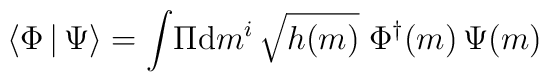
\langle\Phi\, | \,\Psi \rangle =\int\! \Pi {\rm d} m^i\, \sqrt{h(m)}\; \Phi^\dagger (m) \, \Psi(m)